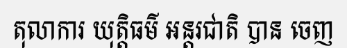
តុលាការ យុត្តិធម៌ អន្តរជាតិ បាន ចេញ